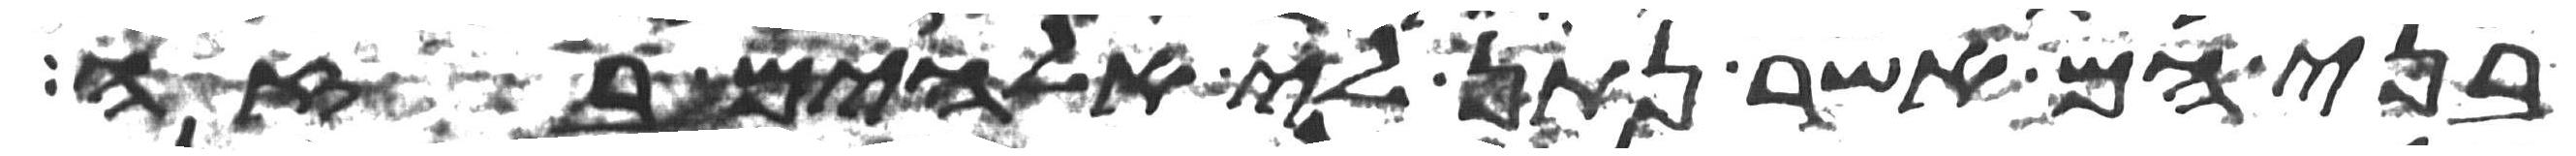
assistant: בני הם אשר נתן לי אלהים בזה